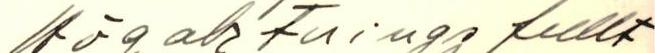
Högaktningsfullt